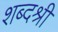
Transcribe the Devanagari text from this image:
शब्दश्री